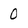
Character: 0